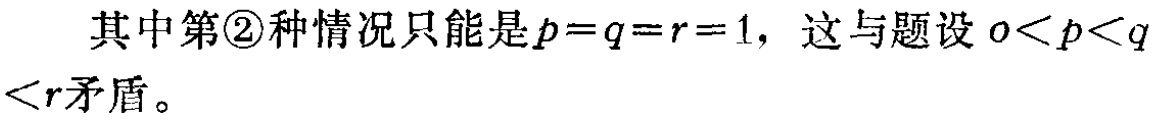
其中第\textcircled{2}种情况只能是\(p = q = r = 1\)，这与题设\(0 < p < q < r\)矛盾。